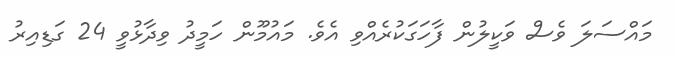
މައްސަލަ ވެސް ވަކީލުން ފާހަގަކުރެއްވި އެވެ. މައުމޫން ހަމީދު ވިދާޅުވީ 24 ގަޑިއިރު